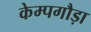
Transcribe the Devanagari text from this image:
केम्पगौड़ा